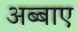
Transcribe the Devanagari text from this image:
अब्बाए